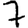
Digit: 7